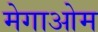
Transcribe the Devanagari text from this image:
मेगाओम